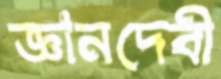
জ্ঞানদেবী